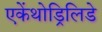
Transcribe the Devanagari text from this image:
एकेंथोड्रिलिडे